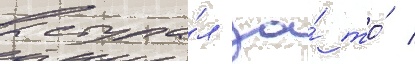
выступа́л за́ то́ /